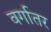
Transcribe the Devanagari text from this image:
वर्गातर